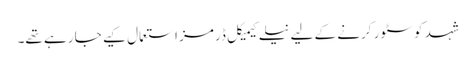
شہد کو سٹور کرنے کے لیے نیلے کیمیکل ڈرمز استعمال کیے جا رہے تھے۔